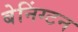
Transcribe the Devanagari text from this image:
बेनिंग्टन